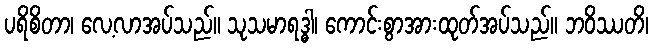
ပရိစိတာ၊ လေ့လာအပ်သည်။ သုသမာရဒ္ဓါ၊ ကောင်းစွာအားထုတ်အပ်သည်။ ဘဝိဿတိ၊